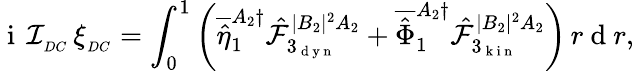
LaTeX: \mathrm{~i~}\, \mathcal{I}_{_{DC}}\, \xi_{_{DC}}=\int_{0}^{1}\left(\overline{{\hat{\eta}}}_{1}^{A_{2}\dagger}\hat{\mathcal{F}}_{3_{\mathrm{~d~y~n~}}}^{|B_{2}|^{2}A_{2}}+\overline{{\hat{\Phi}}}_{1}^{A_{2}\dagger}\hat{\mathcal{F}}_{3_{\mathrm{~k~i~n~}}}^{|B_{2}|^{2}A_{2}}\right)\, r\mathrm{~d~}r,